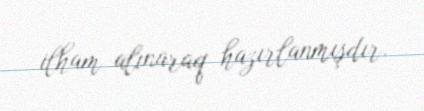
ilham alınaraq hazırlanmışdır.